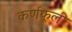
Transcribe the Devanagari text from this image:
कर्णफूली